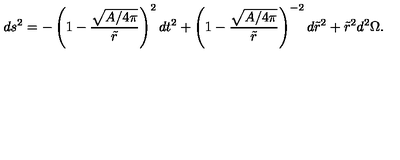
d s ^ { 2 } = - \left( 1 - { \frac { \sqrt { A / 4 \pi } } { \tilde { r } } } \right) ^ { 2 } d t ^ { 2 } + \left( 1 - { \frac { \sqrt { A / 4 \pi } } { \tilde { r } } } \right) ^ { - 2 } d \tilde { r } ^ { 2 } + \tilde { r } ^ { 2 } d ^ { 2 } \Omega .